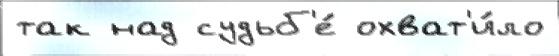
так над судьб'е́ охват'и́ло